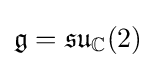
{\mathfrak {g}}={\mathfrak {su}}_{\mathbb {C} }(2)